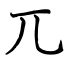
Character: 兀